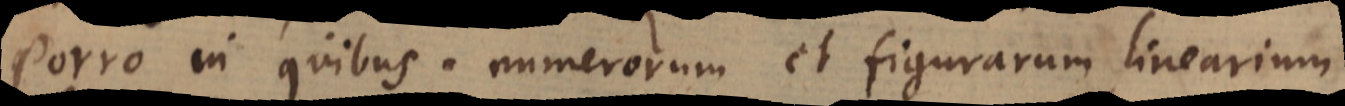
Porro in quibus . numerorum et figurarum linearium